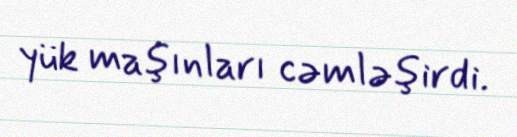
yük maşınları cəmləşirdi.